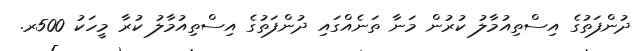
ދުންފަތުގެ އިސްތިއުމާލު ކުރުން މަނާ ތަނެއްގައި ދުންފަތުގެ އިސްތިއުމާލު ކުރާ މީހަކު 500ރ.